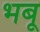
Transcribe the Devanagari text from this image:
भबू